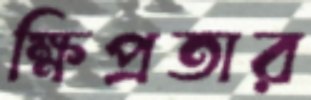
ক্ষিপ্রতার